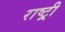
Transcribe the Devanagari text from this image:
राष्ट्र्री